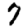
Digit: 7